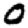
Digit: 0